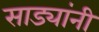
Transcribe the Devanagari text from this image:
साड्यांनी